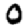
Digit: 0